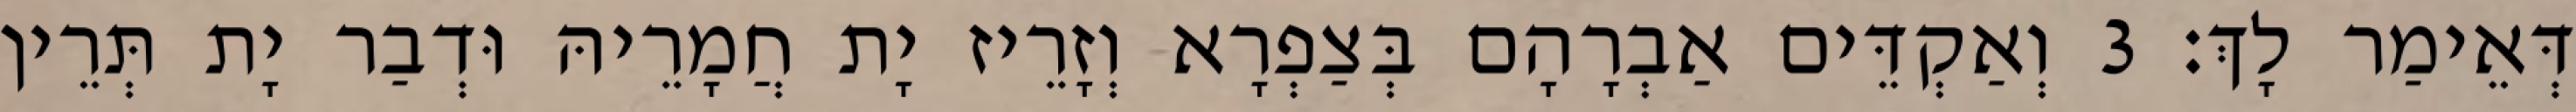
דְּאֵימַר לָךְ׃ 3 וְאַקְדֵּים אַבְרָהָם בְּצַפְרָא וְזָרֵיז יָת חֲמָרֵיהּ וּדְבַר יָת תְּרֵין